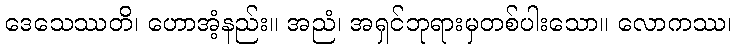
ဒေသေဿတိ၊ ဟောအံ့နည်း။ အညံ၊ အရှင်ဘုရားမှတစ်ပါးသော။ လောကဿ၊